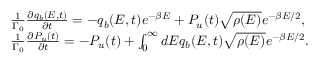
\begin{array} { r l } & { \frac { 1 } { \Gamma _ { 0 } } \frac { \partial q _ { b } ( E , t ) } { \partial t } = - q _ { b } ( E , t ) e ^ { - \beta E } + P _ { u } ( t ) \sqrt { \rho ( E ) } e ^ { - \beta E / 2 } , } \\ & { \frac { 1 } { \Gamma _ { 0 } } \frac { \partial P _ { u } ( t ) } { \partial t } = - P _ { u } ( t ) + \int _ { 0 } ^ { \infty } d E q _ { b } ( E , t ) \sqrt { \rho ( E ) } e ^ { - \beta E / 2 } . } \end{array}